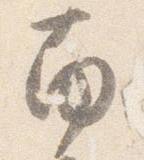
南